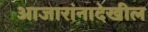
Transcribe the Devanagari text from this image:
आजारांनादेखील